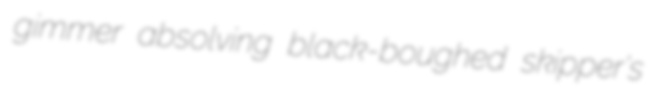
gimmer absolving black-boughed skipper's